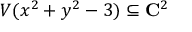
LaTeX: V ( x ^ { 2 } + y ^ { 2 } - 3 ) \subseteq \mathbf { C } ^ { 2 }